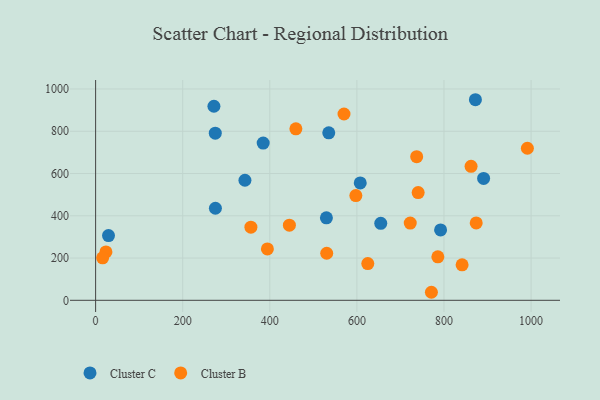
{"axis": {"x": "Engine Size", "y": "Exam Score"}, "legend": ["Cluster B", "Cluster C"], "data": [{"x": "530.0", "y": 390.5, "type": "Cluster C"}, {"x": "271.7", "y": 918.5, "type": "Cluster C"}, {"x": "872.2", "y": 949.3, "type": "Cluster C"}, {"x": "535.4", "y": 792.7, "type": "Cluster C"}, {"x": "792.2", "y": 332.9, "type": "Cluster C"}, {"x": "607.7", "y": 555.6, "type": "Cluster C"}, {"x": "275.1", "y": 435.6, "type": "Cluster C"}, {"x": "384.8", "y": 744.0, "type": "Cluster C"}, {"x": "654.8", "y": 364.4, "type": "Cluster C"}, {"x": "29.6", "y": 306.2, "type": "Cluster C"}, {"x": "342.9", "y": 568.1, "type": "Cluster C"}, {"x": "891.0", "y": 576.7, "type": "Cluster C"}, {"x": "274.8", "y": 791.0, "type": "Cluster C"}, {"x": "530.7", "y": 222.7, "type": "Cluster B"}, {"x": "722.5", "y": 365.3, "type": "Cluster B"}, {"x": "771.1", "y": 38.0, "type": "Cluster B"}, {"x": "459.9", "y": 811.7, "type": "Cluster B"}, {"x": "737.3", "y": 679.6, "type": "Cluster B"}, {"x": "356.6", "y": 346.2, "type": "Cluster B"}, {"x": "597.6", "y": 495.5, "type": "Cluster B"}, {"x": "23.7", "y": 228.8, "type": "Cluster B"}, {"x": "625.0", "y": 173.6, "type": "Cluster B"}, {"x": "740.7", "y": 510.0, "type": "Cluster B"}, {"x": "570.4", "y": 881.8, "type": "Cluster B"}, {"x": "445.0", "y": 355.4, "type": "Cluster B"}, {"x": "785.9", "y": 205.7, "type": "Cluster B"}, {"x": "394.5", "y": 243.1, "type": "Cluster B"}, {"x": "16.1", "y": 201.0, "type": "Cluster B"}, {"x": "874.0", "y": 366.0, "type": "Cluster B"}, {"x": "862.2", "y": 634.3, "type": "Cluster B"}, {"x": "841.6", "y": 167.7, "type": "Cluster B"}, {"x": "991.5", "y": 719.6, "type": "Cluster B"}]}